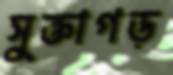
সুক্তাগড়